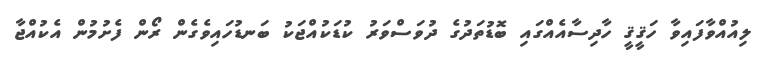
ލިއުއްވާފައިވާ ހަޤީޤީ ހާދިސާއެއްގައި ބޮޑުތަދުގެ ދުވަސްވަރު ކުޑަކުއްޖަކު ބަނޑުހައިވެގެން ރޯން ފެށުމުން އެކުއްޖާ